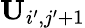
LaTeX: \mathbf{U}_{i^{\prime},j^{\prime}+1}